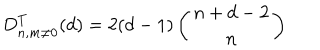
D _ { n , m \neq 0 } ^ { T } ( d ) = 2 ( d - 1 ) \left( \begin{array} { c } { { n + d - 2 } } \\ { { n } } \\ \end{array} \right)